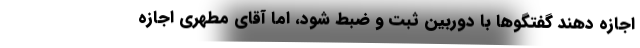
اجازه دهند گفتگوها با دوربین ثبت و ضبط شود، اما آقای مطهری اجازه